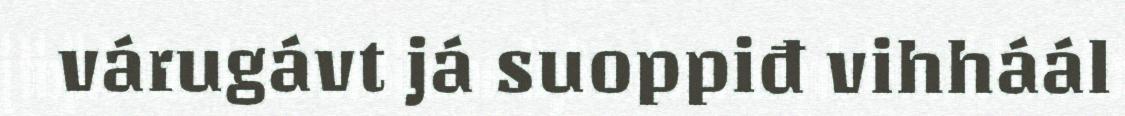
várugávt já suoppiđ vihháál